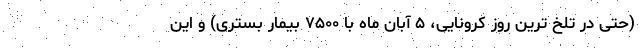
(حتی در تلخ ترین روز کرونایی، ۵ آبان ماه با ۷۵۰۰ بیمار بستری) و این